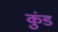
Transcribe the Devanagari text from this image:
कुंडं